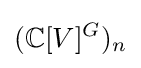
(\mathbb {C} [V]^{G})_{n}